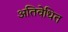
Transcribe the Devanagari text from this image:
अतिवेधित